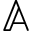
\mathbb { A }